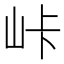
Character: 𡶛